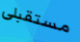
مستقبلى